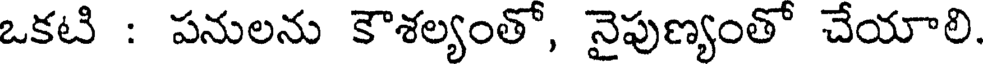
ఒకటి : పనులను కౌశల్యంతో, నైపుణ్యంతో చేయాలి.